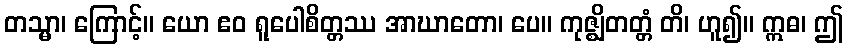
တသ္မာ၊ ကြောင့်။ ယော ဧဝ ရူပေါစိတ္တဿ အာဃာတော၊ ပေ။ ကုဇ္ဈိတတ္တံ တိ၊ ဟူ၍။ ဣဓ၊ ဤ